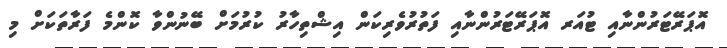
އޮޕަރޭޓަރުންނާއި ޓުއަރ އޮޕަރޭޓަރުންނާއި ފަތުރުވެރިކަން އިޝްތިހާރު ކުރުމަށް ބޭނުންވާ ކޮންމެ ފަރާތަކަށް މި